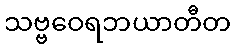
သဗ္ဗဝေရဘယာတီတ